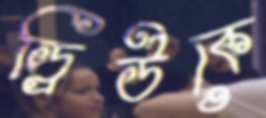
ড্রিউকে